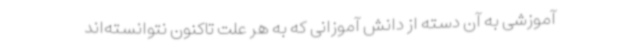
آموزشی به آن دسته از دانش آموزانی که به هر علت تاکنون نتوانسته‌اند